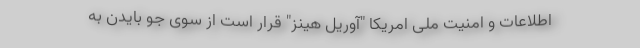
اطلاعات و امنیت ملی امریکا "آوریل هینز" قرار است از سوی جو بایدن به